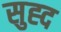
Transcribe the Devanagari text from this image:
सुह्द